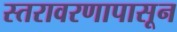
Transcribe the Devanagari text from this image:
स्तरावरणापासून